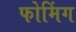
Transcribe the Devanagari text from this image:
फोमिंग